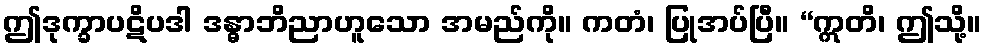
ဤဒုက္ခာပဋိပဒါ ဒန္ဓာဘိညာဟူသော အမည်ကို။ ကတံ၊ ပြုအပ်ပြီ။ “ဣတိ၊ ဤသို့။